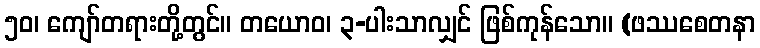
၅၀၊ ကျော်တရားတို့တွင်။ တယောဝ၊ ၃-ပါးသာလျှင် ဖြစ်ကုန်သော။ (ဖဿစေတနာ